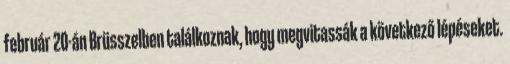
február 20-án Brüsszelben találkoznak, hogy megvitassák a következő lépéseket.